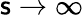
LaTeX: \mathsf{s}\to\infty